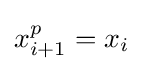
x_{i+1}^{p}=x_{i}